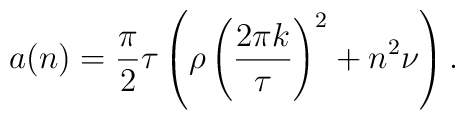
a(n)=\frac{\pi}{2}\tau \left ( \rho \left ( \frac{2\pi k}{\tau} \right )^2+ n^2\nu \right ).